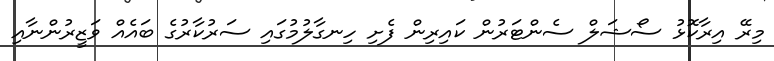
މިރޭ އިރާކޮޅު ސޯޝަލް ސެންޓަރުން ކައިރިން ފެށި ހިނގާލުމުގައި ސަރުކާރުގެ ބައެއް ވަޒީރުންނާއި